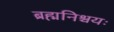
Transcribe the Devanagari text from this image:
ब्रह्मनिश्चयः